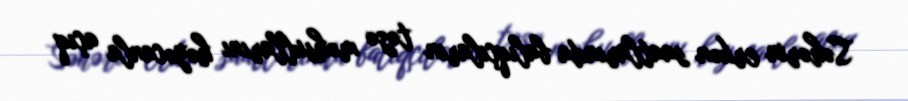
Səhərin erkən saatlarında balıqçıların təzə məhsullarını həyəcanla açıq